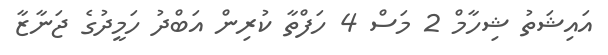
އައިޝަތު ޝިހާމް 2 މަސް 4 ހަފްތާ ކުރިން އަބްދު ހަމީދުގެ ޖަނާޒާ